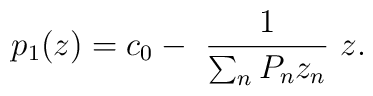
p_1(z) = c_0 -~\frac{1}{\sum_n P_n z_n} ~z.